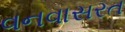
વનવાસરત